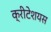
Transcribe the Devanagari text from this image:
क्रीटेशयस